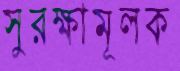
সুরক্ষামূলক